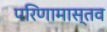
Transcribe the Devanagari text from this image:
परिणामास्तव